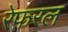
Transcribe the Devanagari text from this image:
रेफ़रल